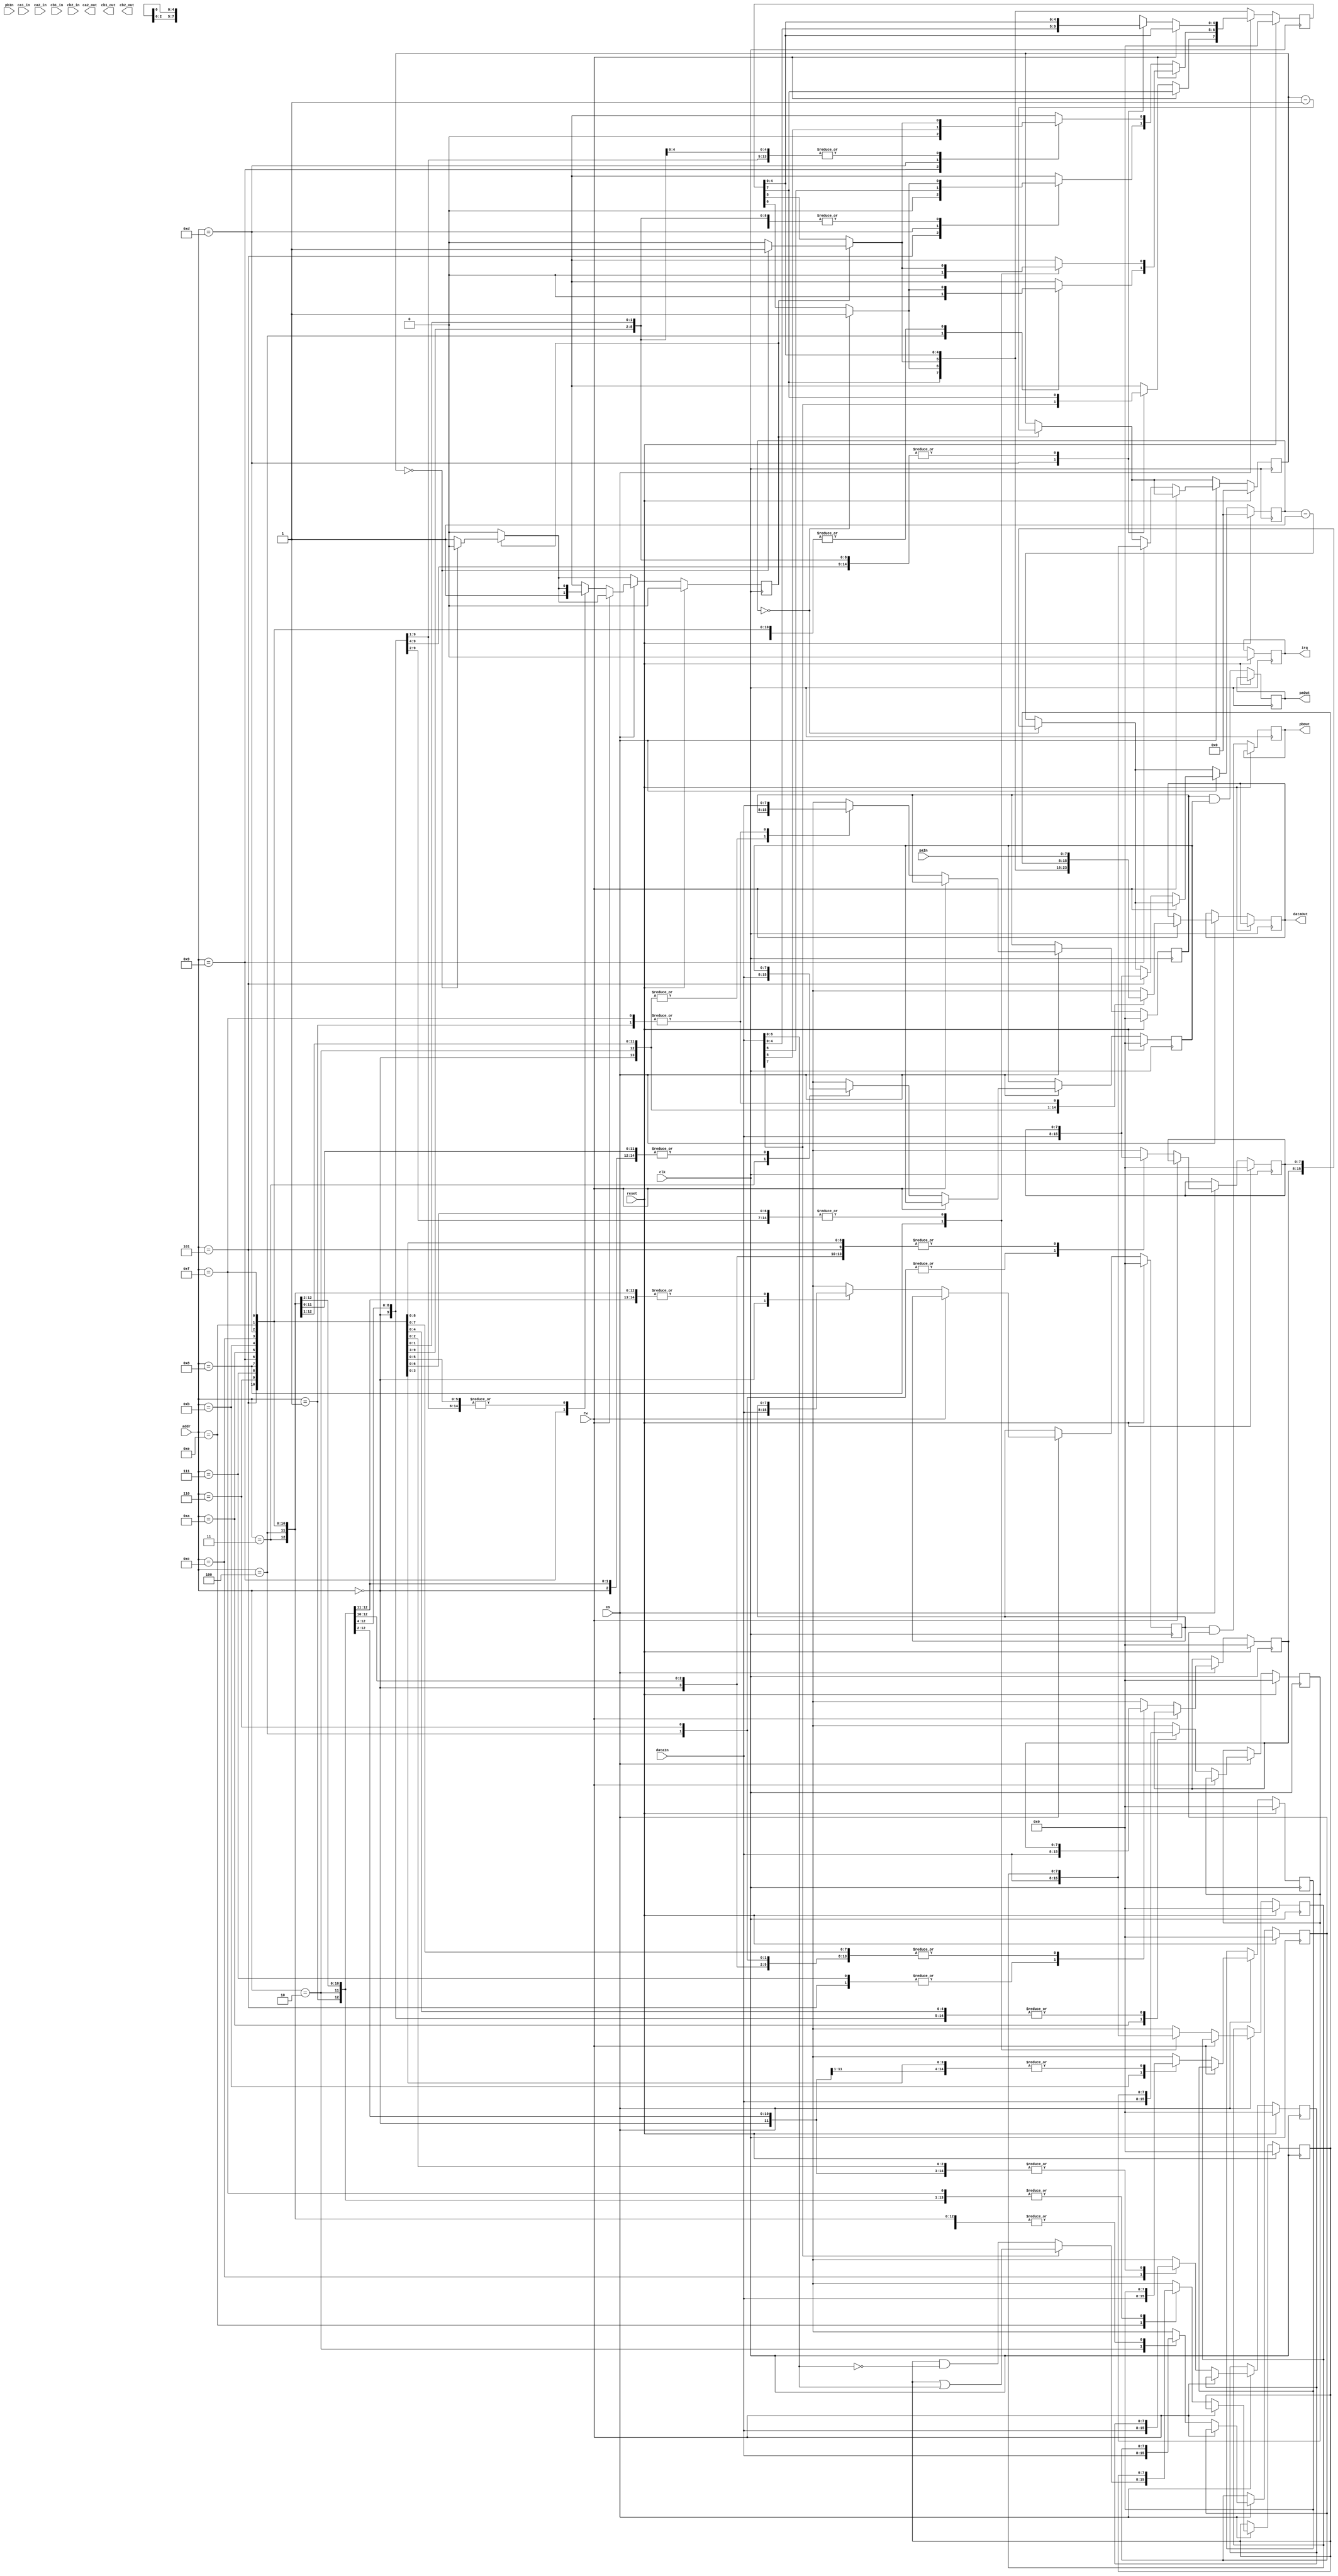
//============================================================================
//  AIM65 replica
// 
//  Port to MiSTer
//  Copyright (C) 2023 Fil shinymetal6@gmail.com
//
//  This program is free software; you can redistribute it and/or modify it
//  under the terms of the GNU General Public License as published by the Free
//  Software Foundation; either version 2 of the License, or (at your option)
//  any later version.
//
//  This program is distributed in the hope that it will be useful, but WITHOUT
//  ANY WARRANTY; without even the implied warranty of MERCHANTABILITY or
//  FITNESS FOR A PARTICULAR PURPOSE.  See the GNU General Public License for
//  more details.
//
//  You should have received a copy of the GNU General Public License along
//  with this program; if not, write to the Free Software Foundation, Inc.,
//  51 Franklin Street, Fifth Floor, Boston, MA 02110-1301 USA.
//============================================================================

module via6522 (
	input 			cs,        	// Chip select.
	input 			clk,       	// clock
	input 			reset,     	// Reset (active high)
	input 			rw,         // write (low) / read (high)
	input 	[3:0]	addr,      	// Address
	input 	[7:0]	dataIn,
	output reg [7:0]dataOut,
	input  [7:0]	paIn,   	// Peripheral data port A input
	output reg [7:0]paOut,  	// Peripheral data port A
	input  [7:0]	pbIn,   	// Peripheral data port B input
	output reg [7:0]pbOut,  	// Peripheral data port B
	input           ca1_in,
	output reg      ca2_out,
	input           ca2_in,
	output reg      cb1_out,
	input           cb1_in,
	output reg      cb2_out,
	input           cb2_in,
	output reg 		irq   		// Interrupt request	
);

/// Registers

reg	[7:0] ORB;  
reg	[7:0] ORA;  
reg	[7:0] DDRB;  
reg	[7:0] DDRA;  
reg	[7:0] T1C_L;  
reg	[7:0] T1C_H;  
reg	[7:0] T1L_L;  
reg	[7:0] T1L_H;  
reg	[7:0] T2C_L;  
reg	[7:0] T2C_H;  
reg	[7:0] SR;  
reg	[7:0] ACR;  
reg	[7:0] PCR;  
reg	[7:0] IFR;  
reg	[7:0] IER;  

parameter	ORB_ADDR	=	4'h0;
parameter	ORA_ADDR	=	4'h1;
parameter	DDRB_ADDR	=	4'h2;
parameter	DDRA_ADDR	=	4'h3;
parameter	T1C_L_ADDR	=	4'h4;
parameter	T1C_H_ADDR	=	4'h5;
parameter	T1L_L_ADDR	=	4'h6;
parameter	T1L_H_ADDR	=	4'h7;
parameter	T2C_L_ADDR	=	4'h8;
parameter	T2C_H_ADDR	=	4'h9;
parameter	SR_ADDR		=	4'ha;
parameter	ACR_ADDR	=	4'hb;
parameter	PCR_ADDR	=	4'hc;
parameter	IFR_ADDR	=	4'hd;
parameter	IER_ADDR	=	4'he;
parameter	ORA1_ADDR	=	4'hf;

parameter   T2_IFR = 5;
parameter   T1_IFR = 6;

/// Timers

reg [15:0] timer_1;	
reg [15:0] timer_2;	

reg	timer_1_overflow;
reg	timer_2_overflow;

reg t2_enable;
always@(posedge clk)
begin
	if (reset==1)
	begin 
		ORB = 0;
		ORA  = 0;
		DDRB = 0;
		DDRA = 0;
		T1C_L = 0;
		T1C_H = 0;
		T1L_L = 0;
		T1L_H = 0;
		T2C_L = 0;
		T2C_H = 0;
		SR = 0;
		ACR = 0;
		PCR = 0;
		IFR = 8'h0;
		IER = 0;
		t2_enable = 0;
		irq = 0;
        timer_1 <= 16'h0;
		timer_1_overflow <= 0;
        timer_2 <= 16'h0;
		timer_2_overflow <= 0;	
	end	  
	else				
	begin
		paOut =	ORA & DDRA;
		pbOut =	ORB & DDRB;

		/// timers processing
        timer_1 <= timer_1 - 1'b1;			  
		if ( timer_1 ==  16'h0 )
		begin
			timer_1 <= {T1L_H , T1L_L};
			timer_1_overflow <= 1;
			IFR[T1_IFR] = 1;
		end						 
		else
		begin
			timer_1_overflow <= 0;
		end	
		
		if ( t2_enable == 1 )
		begin
	        timer_2 <= timer_2 - 1'b1;			  
			if ( timer_2 ==  16'h0 )
			begin
				timer_2_overflow <= 1;
				IFR[T2_IFR] = 1;
				t2_enable = 0;
			end	
			else
			begin
				timer_2_overflow <= 0;
				IFR[T2_IFR] = 0;
			end
		end
		else
		begin
			timer_2_overflow <= 0;
		end	 
		
		/// registers processing
	
		if ( cs == 1 )
		begin
			if ( rw == 0 )
			begin
				case(addr)
					ORB_ADDR: ORB=dataIn; 
					ORA_ADDR: ORA=dataIn; 
					DDRB_ADDR: DDRB=dataIn; 
					DDRA_ADDR: DDRA=dataIn; 
					T1C_L_ADDR:	T1L_L=dataIn; 
					T1C_H_ADDR: begin T1L_H=dataIn;	timer_1 <= {dataIn,T1L_L}; IFR[T1_IFR] = 0; end
					T1L_L_ADDR: begin T1C_L=dataIn; T1L_L=dataIn; end
					T1L_H_ADDR: T1L_H=dataIn; 
					T2C_L_ADDR: begin T2C_L=dataIn; end
					T2C_H_ADDR: begin T2C_H=dataIn; IFR[T2_IFR] = 0; timer_2 <= {dataIn , T2C_L};t2_enable = 1;  end
					SR_ADDR: SR=dataIn; 
					ACR_ADDR: ACR=dataIn; 
					PCR_ADDR: PCR=dataIn; 
					IFR_ADDR: IFR=dataIn; 
					IER_ADDR: IER=dataIn[7] ? (IER | dataIn[6:0]) : (IER & ~dataIn[6:0]);
					ORA1_ADDR: ORA=dataIn; 
					default: ORA=dataIn; 
				endcase
			end
			else
			begin
				case(addr)
					ORB_ADDR: dataOut=pbIn;
					ORA_ADDR: dataOut=paIn;
					DDRB_ADDR: dataOut=DDRB;
					DDRA_ADDR: dataOut=DDRA;
					T1C_L_ADDR: begin dataOut=timer_1[7:0]; IFR[T1_IFR] = 0;;end
					T1C_H_ADDR: begin dataOut=timer_1[15:8];end
					T1L_L_ADDR: dataOut=T1L_L;
					T1L_H_ADDR: dataOut=T1L_H;
					T2C_L_ADDR: begin dataOut=timer_2[7:0]; IFR[T2_IFR] = 0;end
					T2C_H_ADDR: begin dataOut=timer_2[15:8];end
					SR_ADDR: dataOut=SR;
					ACR_ADDR: dataOut=ACR;
					PCR_ADDR: dataOut=PCR;
					IFR_ADDR: dataOut=IFR;
					IER_ADDR: dataOut={1'b1, IER};
					ORA1_ADDR: dataOut=paIn;
					default: dataOut=paIn;
				endcase	
			end			
		end
	end
end	
endmodule